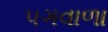
પગવાળા